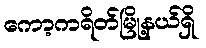
ကော့ကရိတ်မြို့နယ်ရှိ